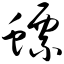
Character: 螵